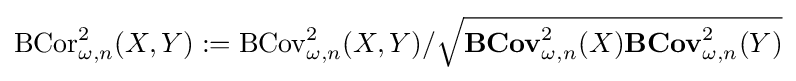
\operatorname {BCor} _{\omega ,n}^{2}(X,Y):=\operatorname {BCov} _{\omega ,n}^{2}(X,Y)/{\sqrt {\mathbf {BCov} _{\omega ,n}^{2}(X)\mathbf {BCov} _{\omega ,n}^{2}(Y)}}